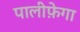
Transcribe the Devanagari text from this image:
पालीफ़ेगा